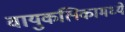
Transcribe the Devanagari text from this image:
वायुकलिकामध्ये